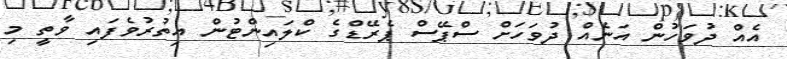
އެއް ދުވަހުން އަނެއް ދުވަހަށް ސްޕޭސް ޕެރޭޑްގެ ކްލައިންޓުން އިތުރުވެފައި ވާތީ މި